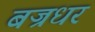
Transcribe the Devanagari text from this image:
बज्रधर